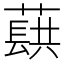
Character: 蕻